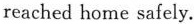
reached home safely.